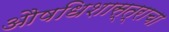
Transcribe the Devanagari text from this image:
औषधिशास्त्राचा